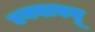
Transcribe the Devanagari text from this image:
एनवाययू